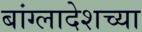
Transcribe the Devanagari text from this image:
बांग्लादेशच्या